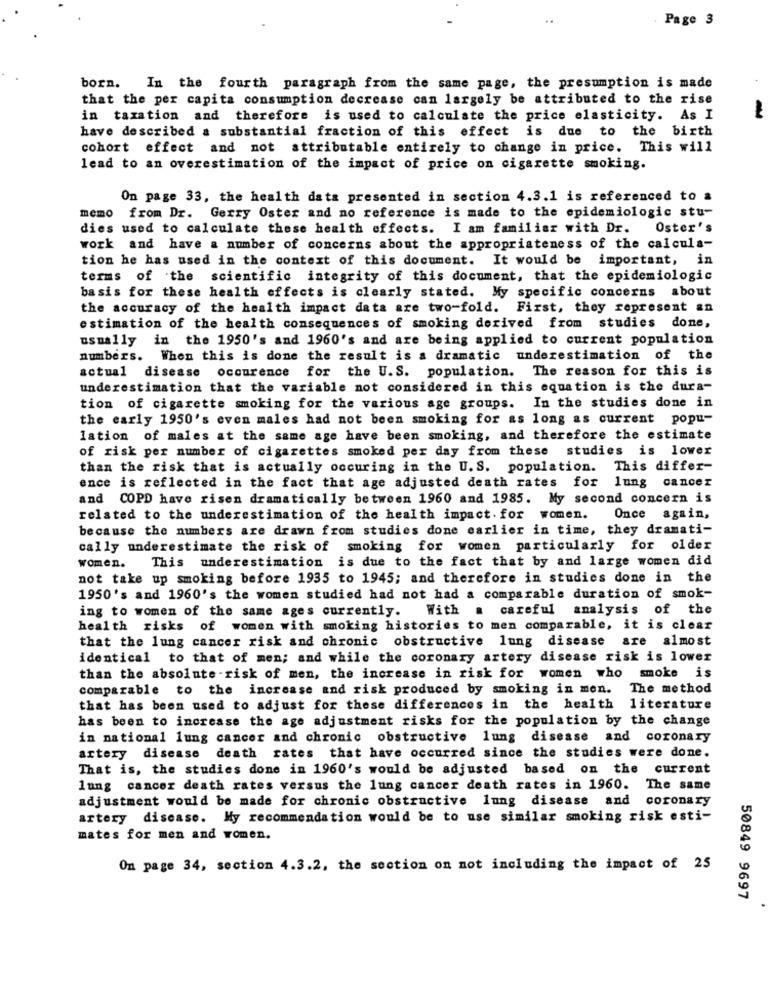
..
Page 3
born.
In the fourth paragraph from the same page, the presumption is made
that the per capita consumption decrease can largely be attributed to the rise
in taxation and therefore is used to calculate the price elasticity. As I
have described a substantial fraction of this effect is due to the birth
cohort effect and not attributable entirely to change in price. This will
lead to an overestimation of the impact of price on cigarette smoking.
On page 33, the health data presented in section 4.3.1 is referenced to a
memo from Dr. Gerry Oster and no reference is made to the epidemiologic stu-
dies used to calculate these health effects. I am familiar with Dr.
Oster's
work and have a number of concerns about the appropriateness of the calcula-
tion he has used in the context of this document.
It would be important, in
terms of the scientific integrity of this document, that the epidemiologic
basis for these health effects is clearly stated. My specific concerns about
the accuracy of the health impact data are two-fold. First, they represent an
estimation of the health consequences of smoking derived from studies done,
usually
in the 1950's and 1960's and are being applied to current population
numbers. When this is done the result is a dramatic underestimation of the
actual disease occurence for the U.S. population. The reason for this is
underestimation that the variable not considered in this equation is the dura-
tion of cigarette smoking for the various age groups. In the studies done in
the early 1950's even males had not been smoking for as long as current popu-
lation of males at the same age have been smoking, and therefore the estimate
of risk per number of cigarettes smoked per day from these studies is lower
than the risk that is actually occuring in the U. S. population. This differ-
ence is reflected in the fact that age adjusted death rates for lung cancer
and COPD have risen dramatically between 1960 and 1985. My second concern is
related to the underestimation of the health impact. for women.
Once again,
because the numbers are drawn from studies done earlier in time, they dramati-
cally underestimate the risk of smoking for women particularly for older
women.
This underestimation is due to the fact that by and large women did
not take up smoking before 1935 to 1945; and therefore in studies done in the
1950's and 1960's the women studied had not had a comparable duration of smok-
ing to women of the same ages currently.
With
a careful analysis of the
health risks of women with smoking histories to men comparable, it is clear
that the lung cancer risk and chronic obstructive lung disease are almost
identical to that of men; and while the coronary artery disease risk is lower
than the absolute -risk of men, the increase in risk for women who smoke is
comparable to the increase and risk produced by smoking in men. The method
that has been used to adjust for these differences in the health literature
has been to increase the age adjustment risks for the population by the change
in national lung cancer and chronic obstructive lung disease and coronary
artery disease death rates that have occurred since the studies were done.
That is, the studies done in 1960's would be adjusted based on the current
lung cancer death rates versus the lung cancer death rates in 1960. The same
adjustment would be made for chronic obstructive lung disease and coronary
artery disease. My recommendation would be to use similar smoking risk esti-
mates for men and women.
On page 34, section 4.3.2, the section on not including the impact of 25
50849 9697